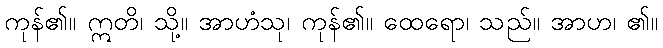
ကုန်၏။ ဣတိ၊ သို့။ အာဟံသု၊ ကုန်၏။ ထေရော၊ သည်။ အာဟ၊ ၏။